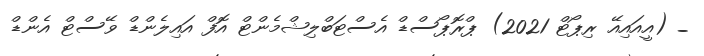
_ (އީއައިއޭ ރިޕޯޓް 2021) ޕްރޮޕޯސްޑް އެސްޓަބްލިޝްމެންޓް އޮފް އައިލެންޑް ވޭސްޓް އެންޑް